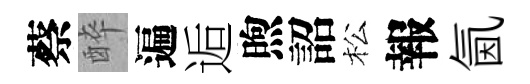
蔡醉遍逅煦詔松報氤